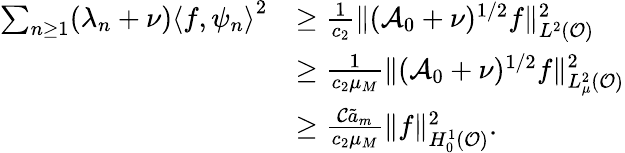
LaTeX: \begin{array}{rl}{\sum_{n\geq 1}(\lambda_{n}+\nu)\left<f,\psi_{n}\right>^{2}}&{\geq\frac{1}{c_{2}}\Vert(\mathcal{A}_{0}+\nu)^{1/2}f\Vert_{L^{2}(\mathcal{O})}^{2}}\\ &{\geq\frac{1}{c_{2}\mu_{M}}\Vert(\mathcal{A}_{0}+\nu)^{1/2}f\Vert_{L_{\mu}^{2}(\mathcal{O})}^{2}}\\ &{\geq\frac{\mathcal{C}\tilde{a}_{m}}{c_{2}\mu_{M}}\Vert f\Vert_{H_{0}^{1}(\mathcal{O})}^{2}.}\end{array}